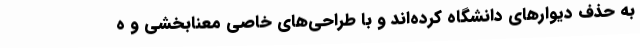
به حذف دیوارهای دانشگاه کرده‌اند و با طراحی‌های خاصی معنابخشی و ه